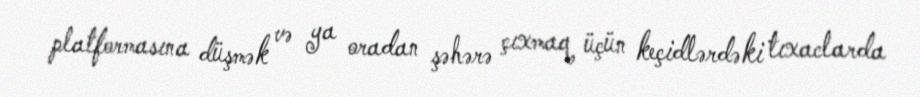
platformasına düşmək və ya oradan şəhərə çıxmaq üçün keçidlərdəki tıxaclarda